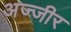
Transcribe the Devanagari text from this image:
अज्जीर